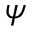
\psi